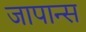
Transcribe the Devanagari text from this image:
जापान्स